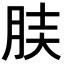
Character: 𦚫